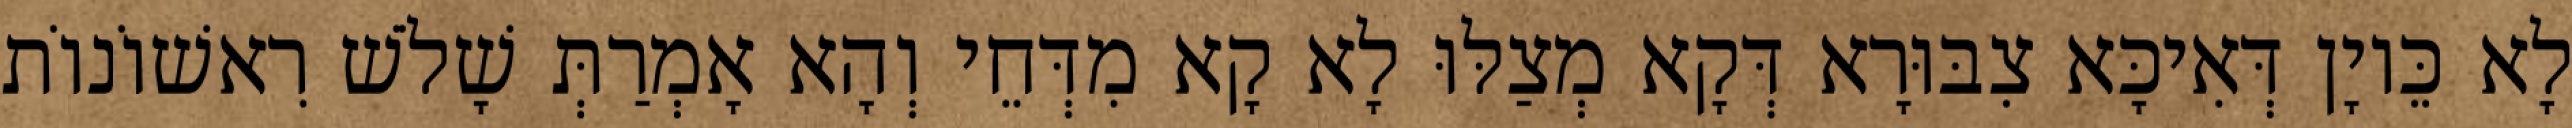
לָא כֵּיוָן דְּאִיכָּא צִבּוּרָא דְּקָא מְצַלּוּ לָא קָא מִדְּחֵי וְהָא אָמְרַתְּ שָׁלֹשׁ רִאשׁוֹנוֹת